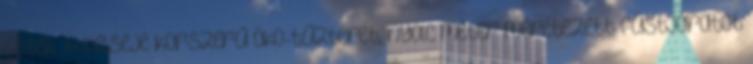
esték. A belseje korszerű öko-tűzteret, nyolc méter méretezett füstjáratot